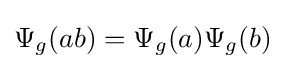
\Psi _{g}(ab)=\Psi _{g}(a)\Psi _{g}(b)